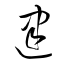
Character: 建